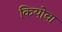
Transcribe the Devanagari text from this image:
कियोवा